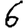
Digit: 6